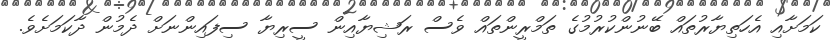
ކަމަށާއި އެހަތިޔާރުތައް ބޭނުންކުރުމުގެ ތަމްރީންތައް ވެސް ރަޝިޔާއިން ސީރިޔާ ސިފައިންނަށް ދެމުން ދާކަމަށެވެ.